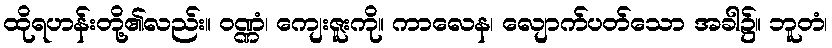
ထိုရဟန်းတို့၏လည်း။ ဝဏ္ဏံ၊ ကျေးဇူးကို။ ကာလေန၊ လျောက်ပတ်သော အခါ၌။ ဘူတံ၊